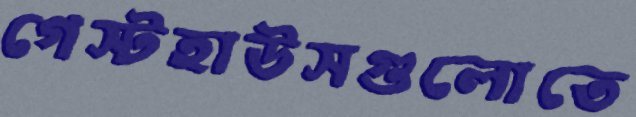
গেস্টহাউসগুলোতে